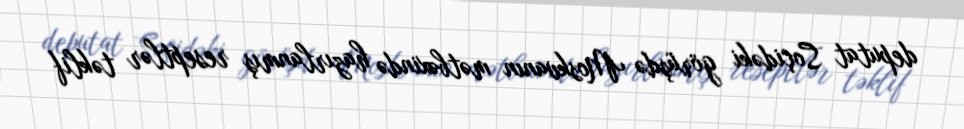
deputat Soçidəki görüşdə Moskvanın mətbəxində hazırlanmış reseptlər təklif